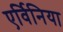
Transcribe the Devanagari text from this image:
एर्विनिया